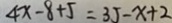
4 x - 8 + 5 = 3 5 - x + 2